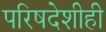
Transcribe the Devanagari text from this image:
परिषदेशीही